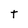
Character: t